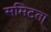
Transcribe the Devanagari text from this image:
समिटता्